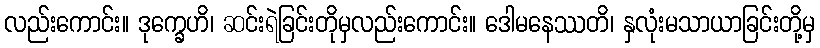
လည်းကောင်း။ ဒုက္ခေဟိ၊ ဆင်းရဲခြင်းတိုမှလည်းကောင်း။ ဒေါမနေဿတိ၊ နှလုံးမသာယာခြင်းတို့မှ